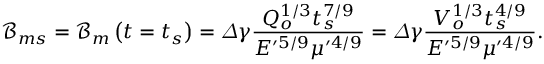
\mathcal { B } _ { m s } = \mathcal { B } _ { m } \left( t = t _ { s } \right) = \varDelta \gamma \frac { Q _ { o } ^ { 1 / 3 } t _ { s } ^ { 7 / 9 } } { E ^ { \prime 5 / 9 } \mu ^ { \prime 4 / 9 } } = \varDelta \gamma \frac { V _ { o } ^ { 1 / 3 } t _ { s } ^ { 4 / 9 } } { E ^ { \prime 5 / 9 } \mu ^ { \prime 4 / 9 } } .